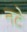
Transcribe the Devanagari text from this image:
नटे